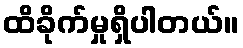
ထိခိုက်မှုရှိပါတယ်။